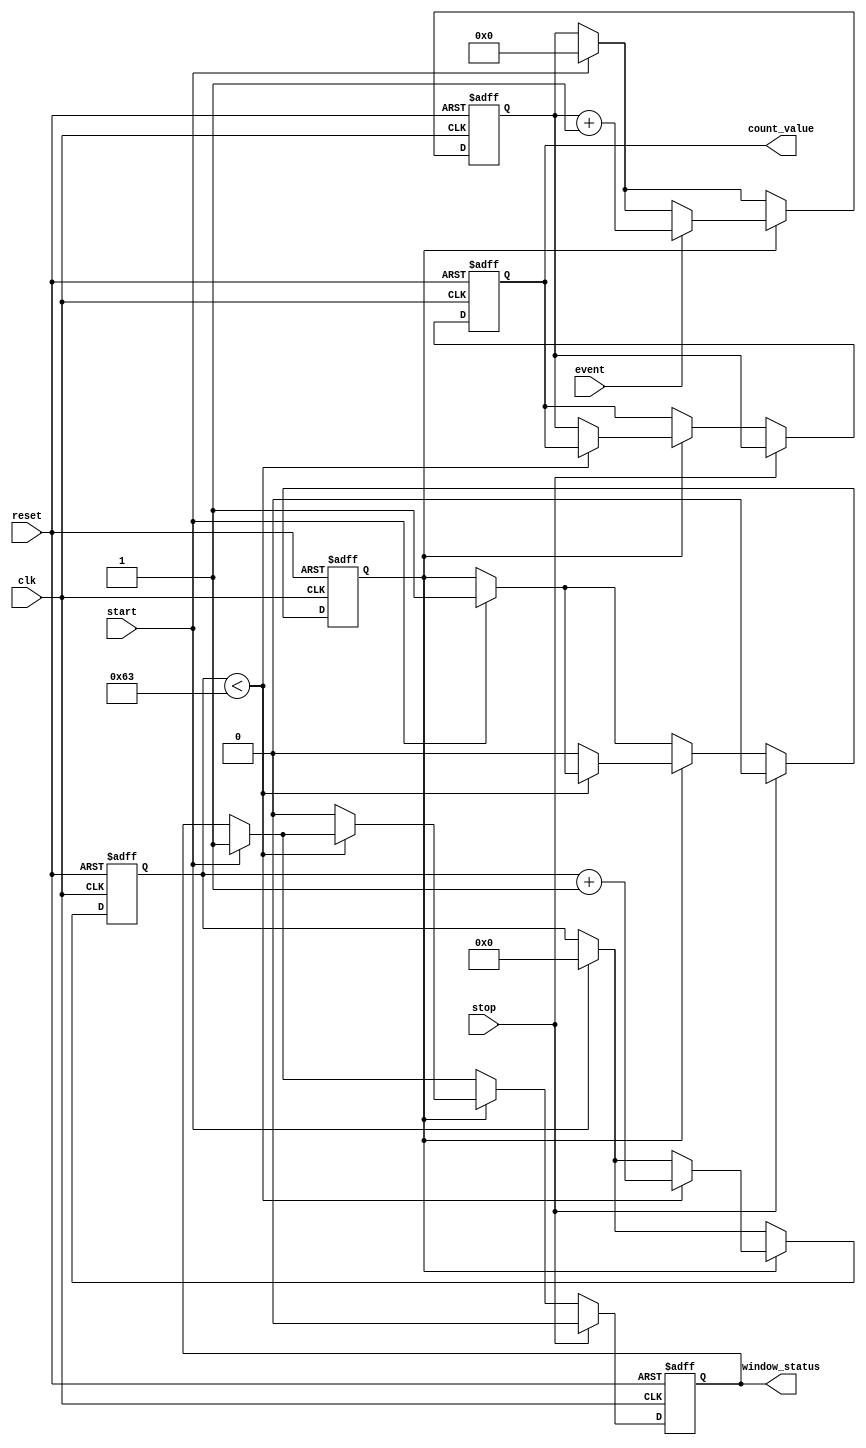
module windowed_counter #(
    parameter BIT_WIDTH = 8,      // Define the bit width of the counter
    parameter WINDOW_DURATION = 100 // Define the window duration in clock cycles
)(
    input wire clk,                // Clock signal
    input wire event,              // Event input signal
    input wire start,              // Start signal for the counting window
    input wire stop,               // Stop signal for the counting window
    input wire reset,              // Asynchronous reset signal
    output reg [BIT_WIDTH-1:0] count_value, // Output count value
    output reg window_status       // Output window status (counting or idle)
);

    reg [BIT_WIDTH-1:0] counter;   // Internal counter
    reg [6:0] window_timer;         // Timer for window duration
    reg counting;                   // State to indicate if counting is active

    // Asynchronous reset and counting logic
    always @(posedge clk or posedge reset) begin
        if (reset) begin
            counter <= 0;
            count_value <= 0;
            window_timer <= 0;
            counting <= 0;
            window_status <= 0;
        end else begin
            if (start) begin
                counting <= 1;        // Start counting
                counter <= 0;         // Reset counter
                window_timer <= 0;    // Reset window timer
                window_status <= 1;    // Set window status to counting
            end
            
            if (counting) begin
                if (event) begin
                    counter <= counter + 1; // Increment counter on event
                end
                
                if (window_timer < WINDOW_DURATION - 1) begin
                    window_timer <= window_timer + 1; // Increment window timer
                end else begin
                    counting <= 0;          // Stop counting when window expires
                    count_value <= counter; // Store count value
                    window_status <= 0;     // Set window status to idle
                end
            end
            
            if (stop) begin
                counting <= 0;              // Stop counting if stop signal is received
                count_value <= counter;      // Store count value
                window_status <= 0;          // Set window status to idle
            end
        end
    end

endmodule